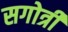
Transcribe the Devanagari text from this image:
सगोत्री